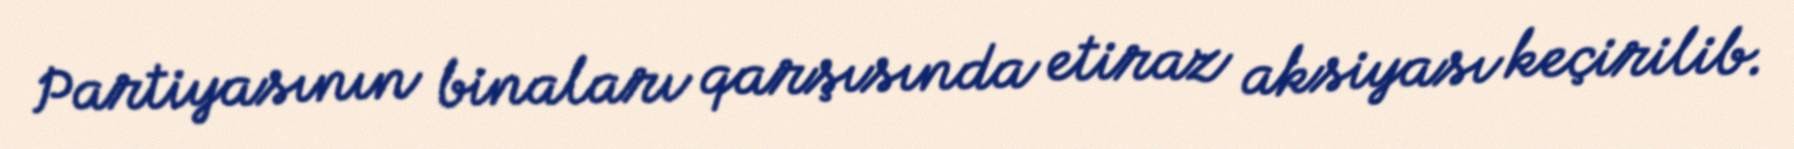
Partiyasının binaları qarşısında etiraz aksiyası keçirilib.